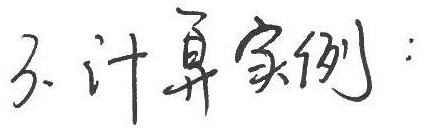
3. 计算实例：